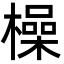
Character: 橾